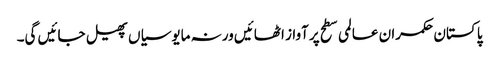
پا کستان حکمران عالمی سطح پرآواز اٹھائیں ورنہ مایوسیاں پھیل جائیں گی۔